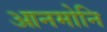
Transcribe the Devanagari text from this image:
आनमोनि